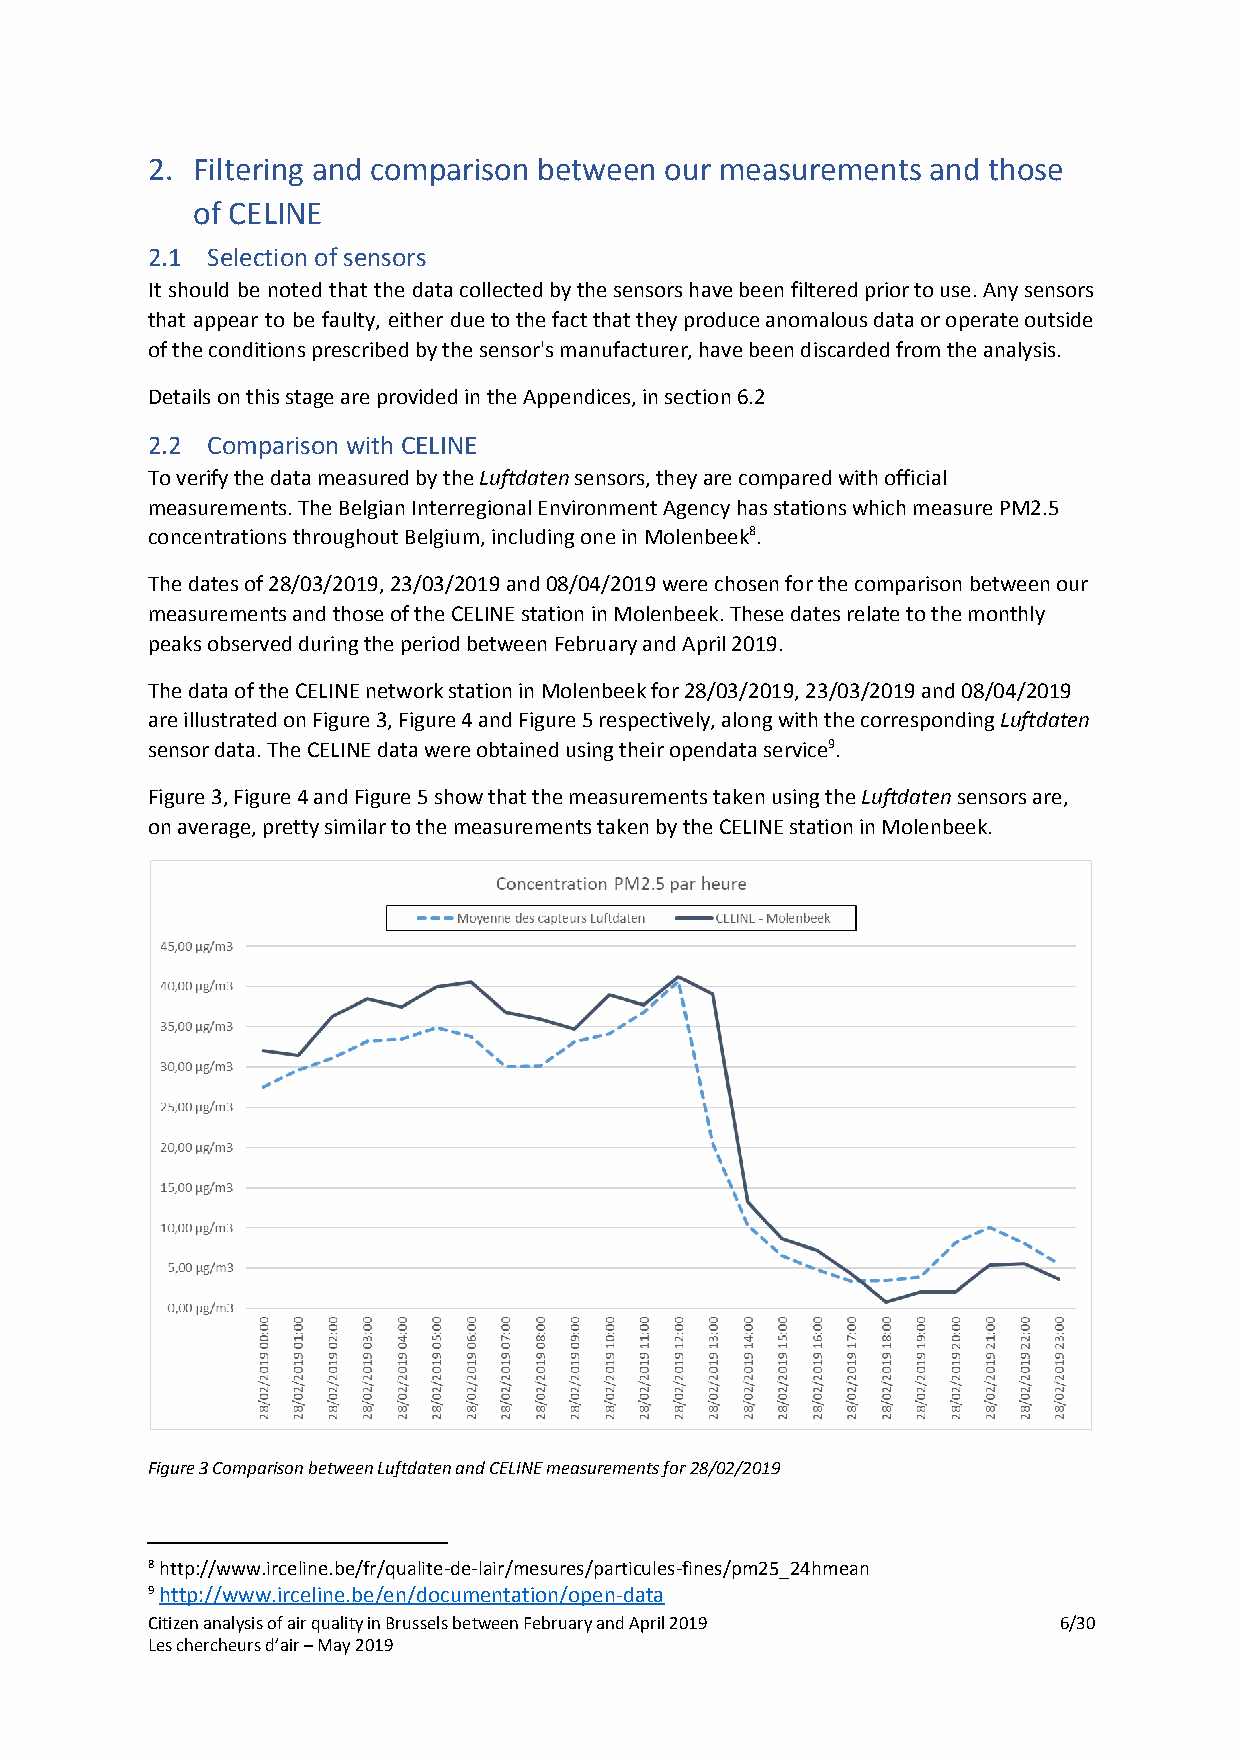
2. Filtering and comparison between our measurements and those
 of CELINE
 2.1 Selection of sensors
 It should be noted that the data collected by the sensors have been filtered prior to use. Any sensors
 that appear to be faulty, either due to the fact that they produce anomalous data or operate outside
 of the conditions prescribed by the sensor's manufacturer, have been discarded from the analysis.
 Details on this stage are provided in the Appendices, in section 6.2
 2.2 Comparison with CELINE
 To verify the data measured by the Luftdaten sensors, they are compared with official
 ​    ​
 measurements. The Belgian Interregional Environment Agency has stations which measure PM2.5
 concentrations throughout Belgium, including one in Molenbeek8.
 The dates of 28/03/2019, 23/03/2019 and 08/04/2019 were chosen for the comparison between our
 measurements and those of the CELINE station in Molenbeek. These dates relate to the monthly
 peaks observed during the period between February and April 2019.
 The data of the CELINE network station in Molenbeek for 28/03/2019, 23/03/2019 and 08/04/2019
 are illustrated on Figure 3, Figure 4 and Figure 5 respectively, along with the corresponding Luftdaten
 ​
 sensor data. The CELINE data were obtained using their opendata service9.
 Figure 3, Figure 4 and Figure 5 show that the measurements taken using the Luftdaten sensors are,
 ​     ​
 on average, pretty similar to the measurements taken by the CELINE station in Molenbeek.
 Figure 3 Comparison between Luftdaten and CELINE measurements for 28/02/2019
 8 http://www.irceline.be/fr/qualite-de-lair/mesures/particules-fines/pm25_24hmean
 9 http://www.irceline.be/en/documentation/open-data
 ​
 Citizen analysis of air quality in Brussels between February and April 2019 6/30
 Les chercheurs d’air – May 2019